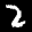
Label: 2